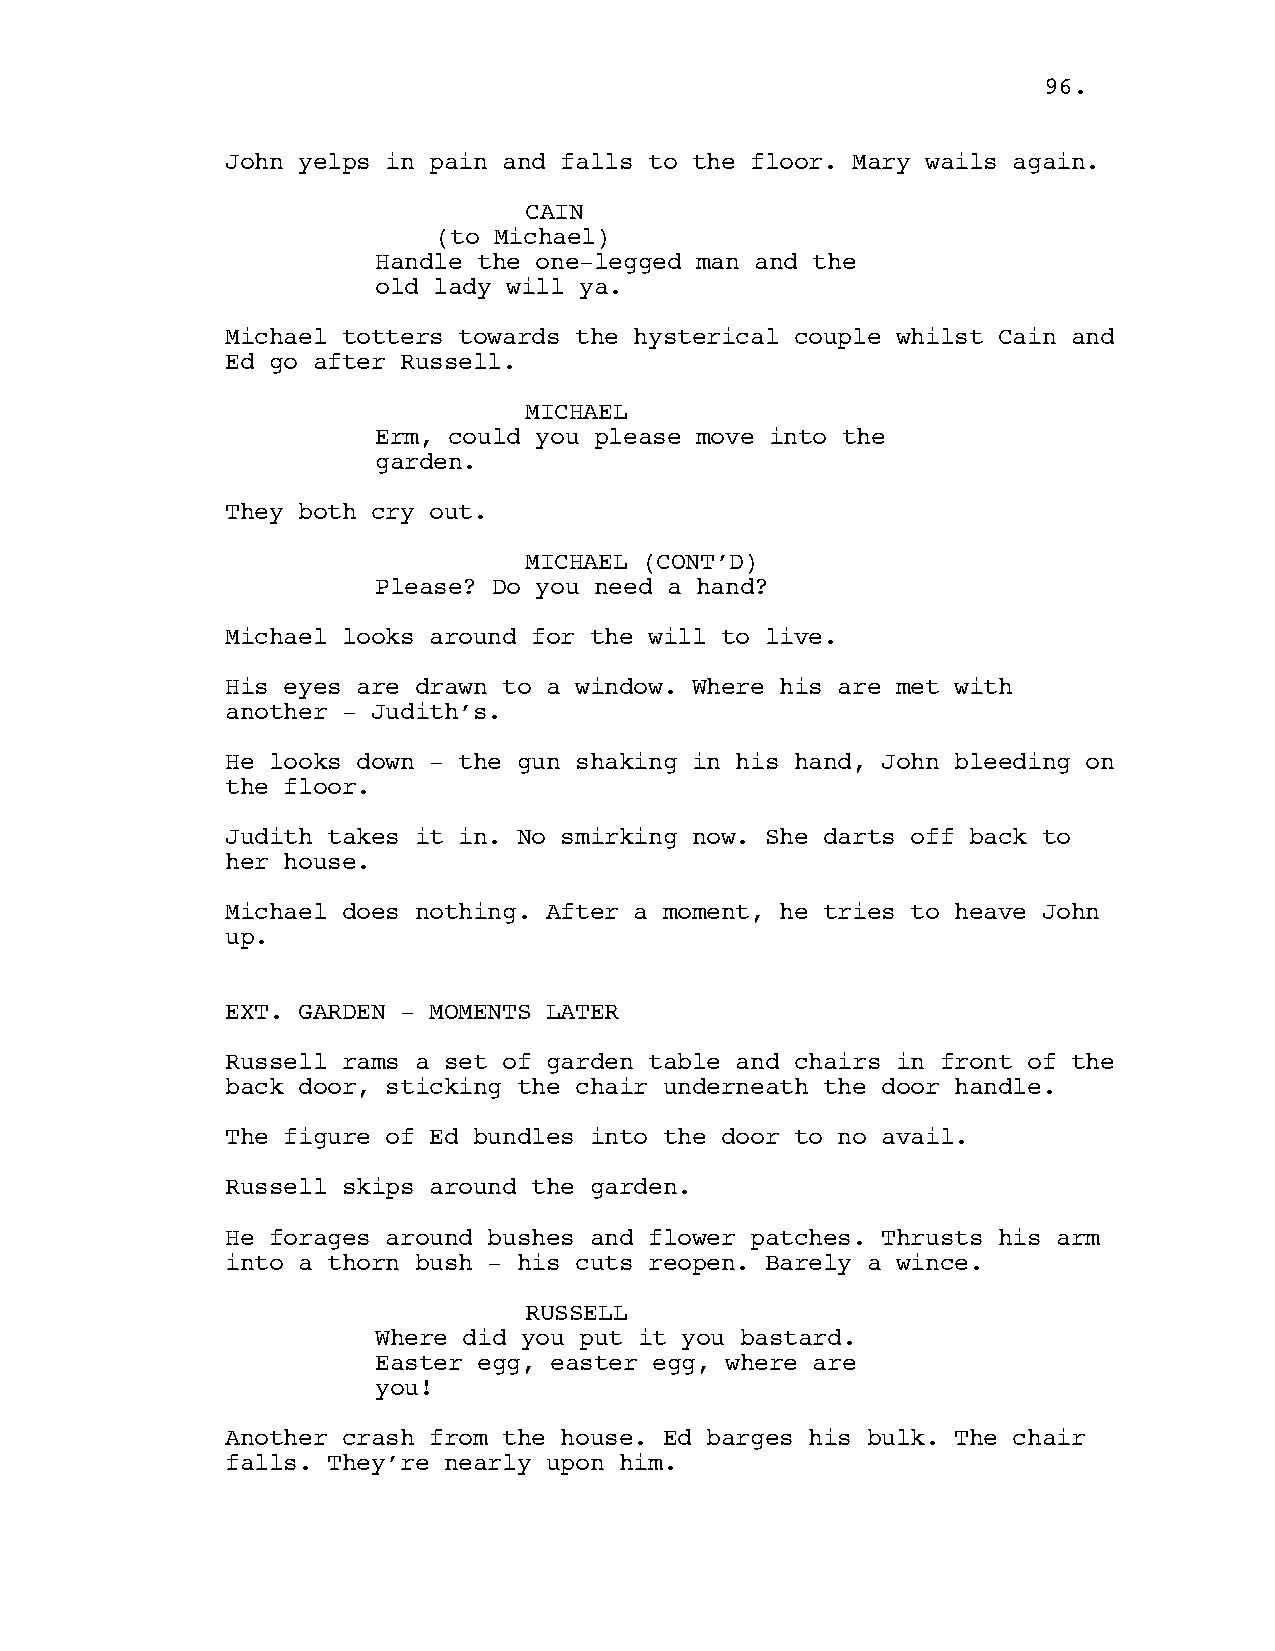
96.
 John yelps in pain and falls to the floor. Mary wails again.
 CAIN
 (to Michael)
 Handle the one-legged man and the
 old lady will ya.
 Michael totters towards the hysterical couple whilst Cain and
 Ed go after Russell.
 MICHAEL
 Erm, could you please move into the
 garden.
 They both cry out.
 MICHAEL (CONT’D)
 Please? Do you need a hand?
 Michael looks around for the will to live.
 His eyes are drawn to a window. Where his are met with
 another - Judith’s.
 He looks down - the gun shaking in his hand, John bleeding on
 the floor.
 Judith takes it in. No smirking now. She darts off back to
 her house.
 Michael does nothing. After a moment, he tries to heave John
 up.
 EXT. GARDEN - MOMENTS LATER
 Russell rams a set of garden table and chairs in front of the
 back door, sticking the chair underneath the door handle.
 The figure of Ed bundles into the door to no avail.
 Russell skips around the garden.
 He forages around bushes and flower patches. Thrusts his arm
 into a thorn bush - his cuts reopen. Barely a wince.
 RUSSELL
 Where did you put it you bastard.
 Easter egg, easter egg, where are
 you!
 Another crash from the house. Ed barges his bulk. The chair
 falls. They’re nearly upon him.